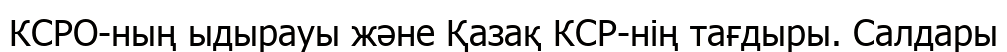
КСРО-ның ыдырауы және Қазақ КСР-нің тағдыры. Салдары